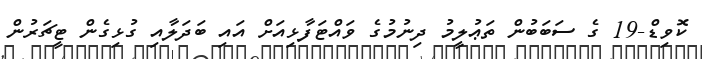
ކޮވިޑް-19 ގެ ސަބަބުން ތަޢުލީމު ދިނުމުގެ ވައްޓަފާޅިއަށް އައި ބަދަލާއި ގުޅިގެން ޓީޗަރުން